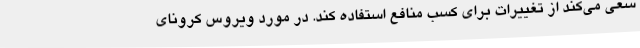
سعی می‌کند از تغییرات برای کسب منافع استفاده کند. در مورد ویروس کرونای